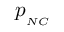
p _ { _ { N C } }